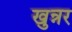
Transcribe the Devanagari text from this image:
खुन्नर